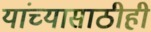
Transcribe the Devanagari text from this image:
यांच्यासाठीही